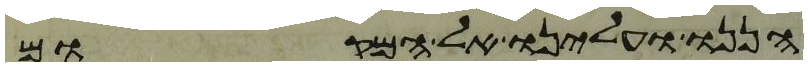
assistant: הננו ועלינו אל המקום